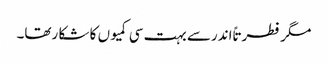
مگر فطرتاً اندرسے بہت سی کمیوں کا شکا رتھا۔